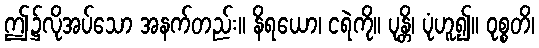
ဤ၌လိုအပ်သော အနက်တည်း။ နိရယော၊ ငရဲကို။ ပုန္တိ၊ ပုံဟူ၍။ ဝုစ္စတိ၊